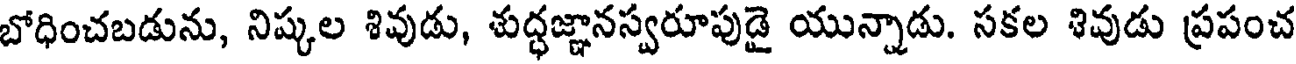
బోధించబడును, నిష్కల శివుడు, శుద్ధజ్ఞానస్వరూపుడై యున్నాడు. సకల శివుడు ప్రపంచ